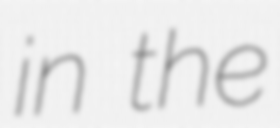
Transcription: in the